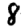
Digit: 8